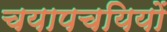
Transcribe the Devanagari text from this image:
चयापचयियों